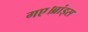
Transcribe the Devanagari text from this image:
गए।ब्रांड्स